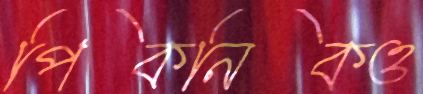
পিকনিকও